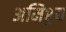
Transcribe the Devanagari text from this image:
अमिश्र्य